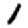
Digit: 1